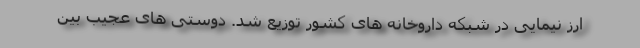
ارز نیمایی در شبکه داروخانه های کشور توزیع شد. دوستی های عجیب بین